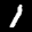
Label: 1